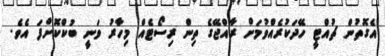
އެގޮތުން ޗުއްޓީ ހޭދަކުރެއްވުމަށް ރާއްޖޭގެ ތިން ރިސޯޓެއް މިހާރު ވަނީ ބުކްކޮށްފަ އެވެ.